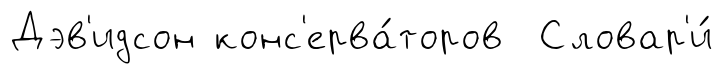
Дэв'идсон конс'ерва́торов Словар'и́